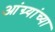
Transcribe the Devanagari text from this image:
आंग्र्यांच्या